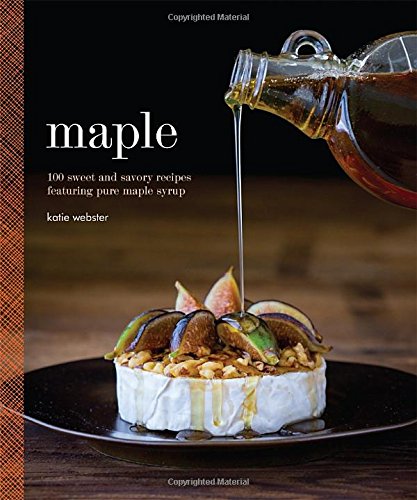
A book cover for Maple: 100 Sweet and Savory Recipes Featuring Pure Maple Syrup; Katie Webster; Cookbooks, Food & Wine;